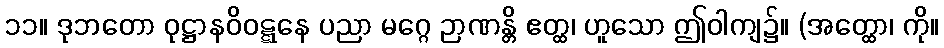
၁၁။ ဒုဘတော ဝုဋ္ဌာနဝိဝဋ္ဋနေ ပညာ မဂ္ဂေ ဉာဏန္တိ ဧတ္ထ၊ ဟူသော ဤဝါကျ၌။ (အတ္ထော၊ ကို။